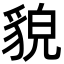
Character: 貌